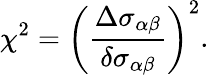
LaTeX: \chi^{2}=\left(\frac{\Delta\sigma_{\alpha\beta}}{\delta\sigma_{\alpha\beta}}\right)^{2}.